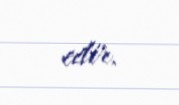
edir.